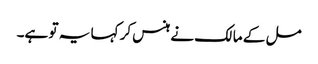
مل کے مالک نے ہنس کر کہا یہ تو ہے۔